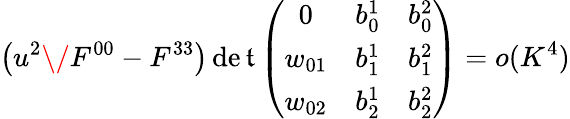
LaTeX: \left(u^{2}\/ F^{00}-F^{33}\right)\operatorname*{de\mathfrak{t}}\left(\begin{array}{ccc}{{0}}&{{b_{0}^{1}}}&{{b_{0}^{2}}}\\ {{w_{01}}}&{{b_{1}^{1}}}&{{b_{1}^{2}}}\\ {{w_{02}}}&{{b_{2}^{1}}}&{{b_{2}^{2}}}\end{array}\right)=o(K^{4})